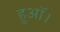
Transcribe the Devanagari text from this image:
हुऑ।